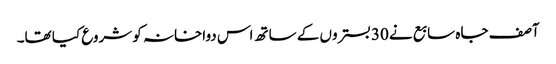
آصف جاہ سابع نے 30 بستروں کے ساتھ اس دواخانہ کو شروع کیا تھا۔